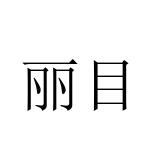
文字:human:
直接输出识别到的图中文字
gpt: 丽目